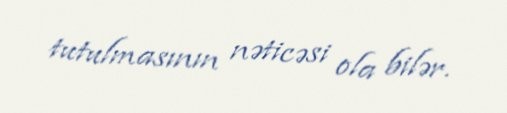
tutulmasının nəticəsi ola bilər.